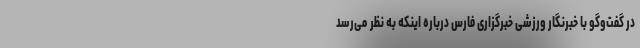
در گفت‌وگو با خبرنگار ورزشی خبرگزاری فارس درباره اینکه به نظر می‌رسد